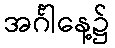
အင်္ဂါနေ့၌